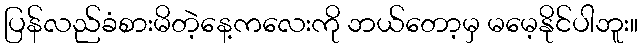
ပြန်လည်ခံစားမိတဲ့နေ့ကလေးကို ဘယ်တော့မှ မမေ့နိုင်ပါဘူး။